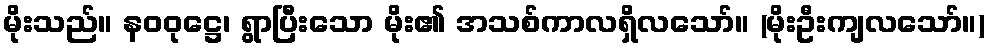
မိုးသည်။ နဝဝုဋ္ဌေ၊ ရွာပြီးသော မိုး၏ အသစ်ကာလရှိလသော်။ (မိုးဦးကျလသော်။)